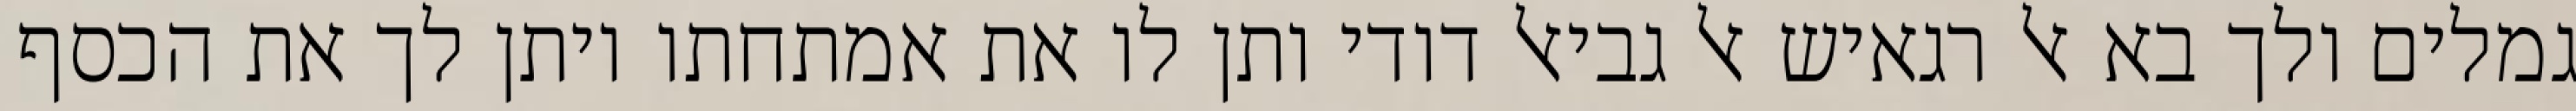
גמלים ולך בא אל רגאיש אל גביאל דודי ותן לו את אמתחתו ויתן לך את הכסף